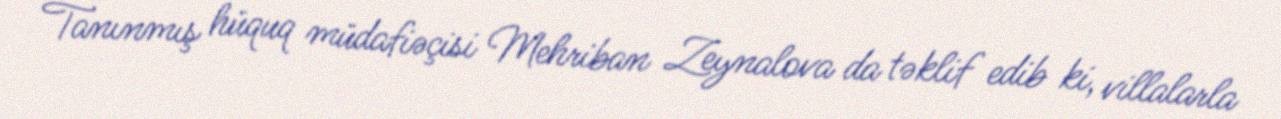
Tanınmış hüquq müdafiəçisi Mehriban Zeynalova da təklif edib ki, villalarla